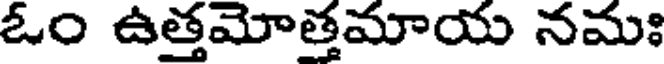
ఓం ఉత్తమోత్తమాయ నమః